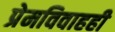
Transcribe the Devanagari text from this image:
प्रेमविवाहही